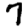
Digit: 7